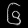
Digit: ၆